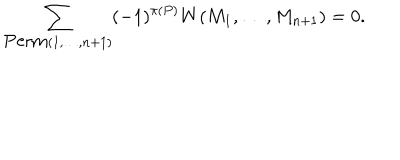
\sum _ { \mathrm { P e r m } ( 1 , \dots , n + 1 ) } ( - 1 ) ^ { \pi ( P ) } W ( M _ { 1 } , \dots , M _ { n + 1 } ) = 0 .